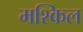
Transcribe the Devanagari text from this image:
मश्किल